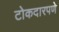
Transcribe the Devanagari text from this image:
टोकदारपणे